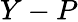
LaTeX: Y-P